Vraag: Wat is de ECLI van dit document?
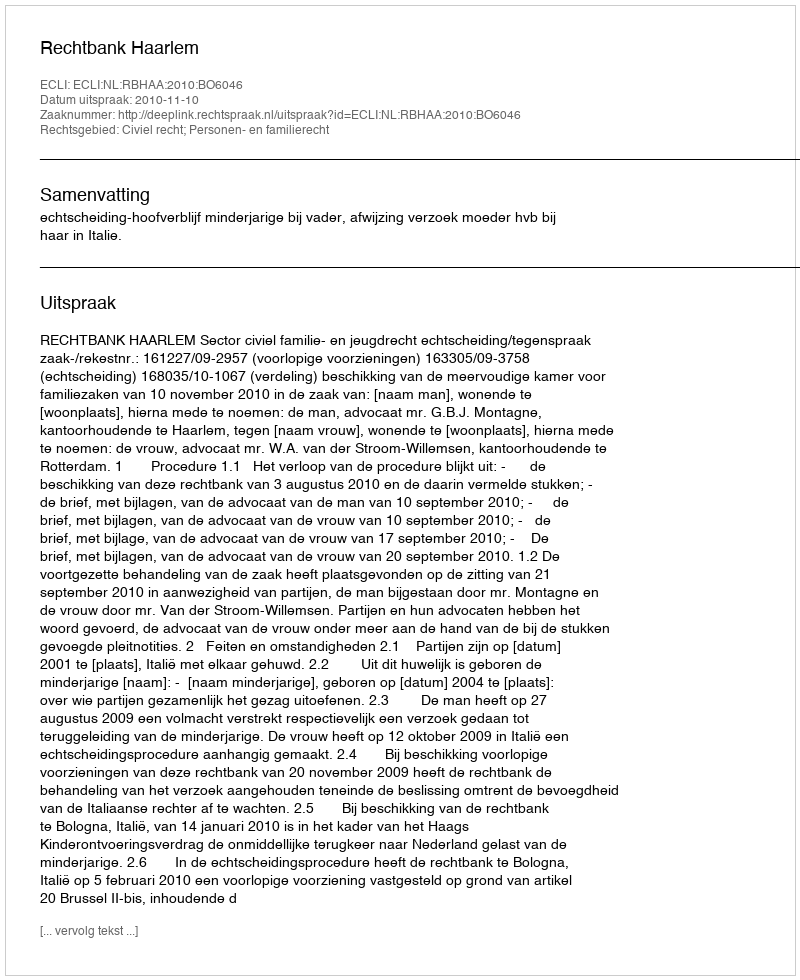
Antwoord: ECLI:NL:RBHAA:2010:BO6046